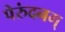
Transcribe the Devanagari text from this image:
पेरुंदनम्